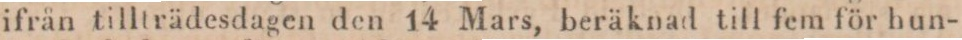
ifrån tillträdesdagen den 14 Mars, beräknad till fem för hun-